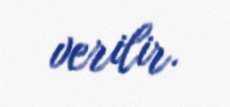
verilir.